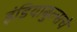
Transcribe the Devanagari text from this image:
इंडियाबुल्सचे